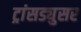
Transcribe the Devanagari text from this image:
ट्रांसड्युसर